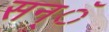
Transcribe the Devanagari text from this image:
सन्ॅ